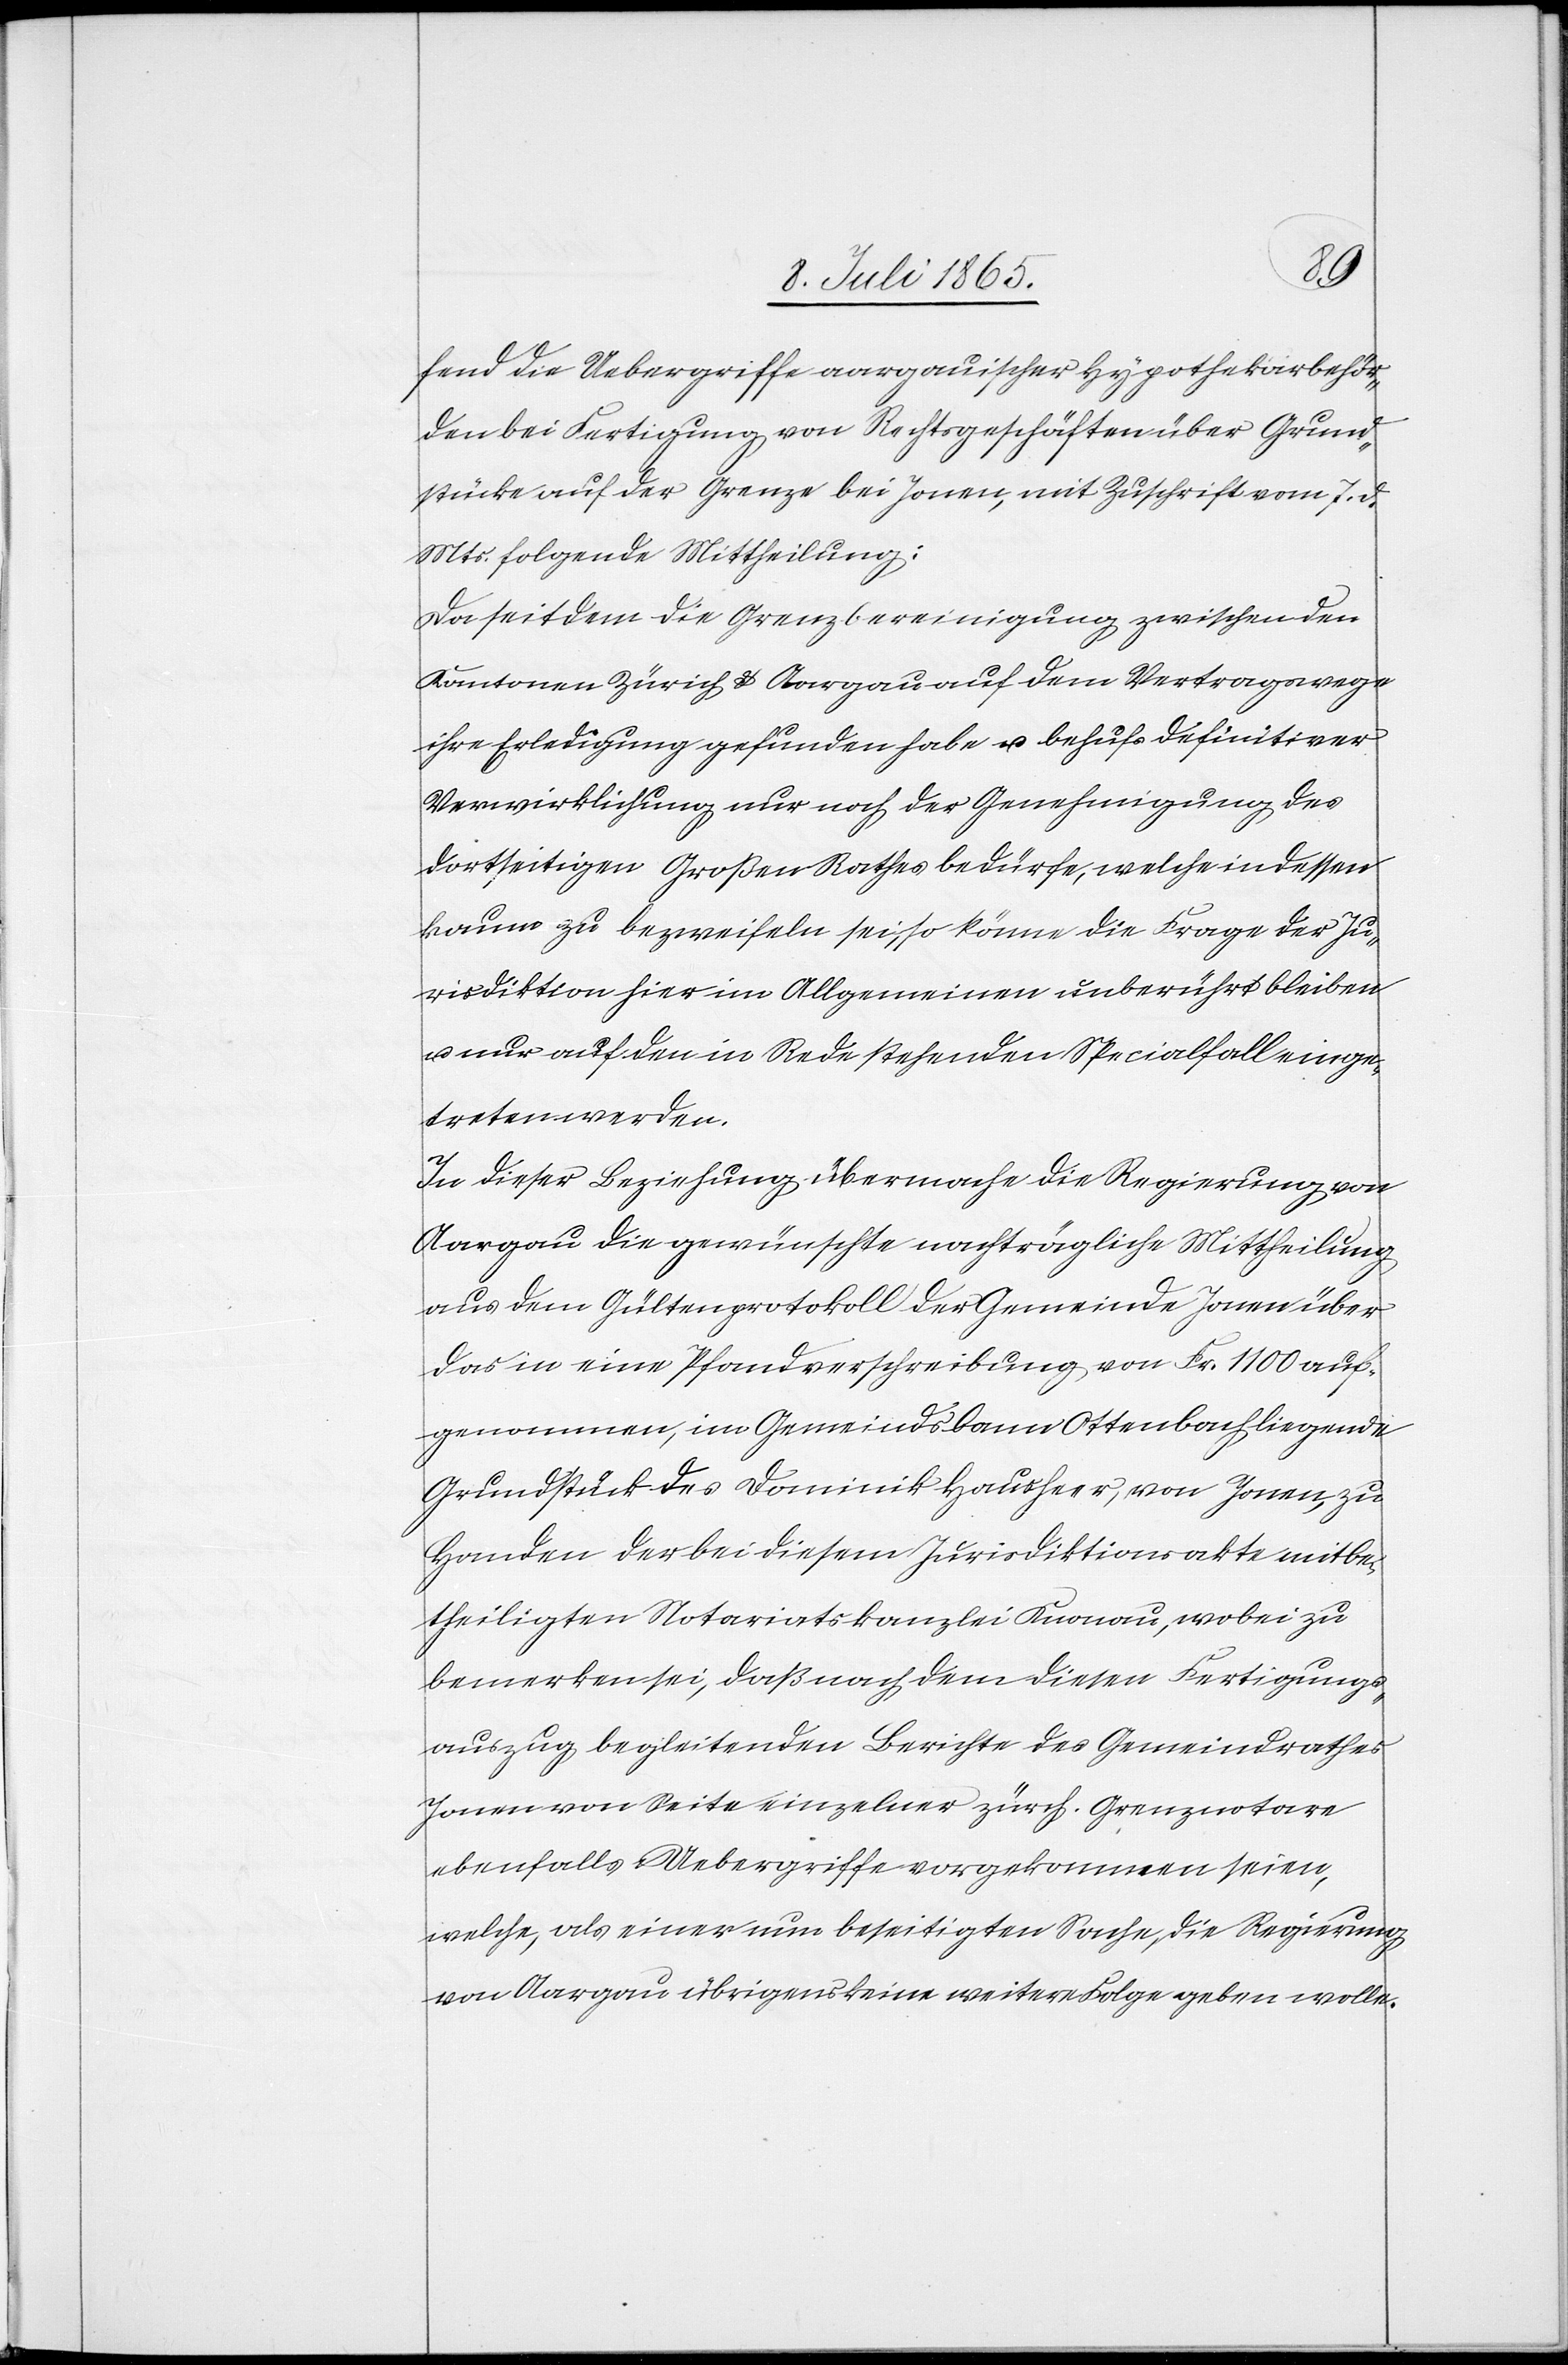
u.
fend die Uebergriffe aargauischer Hypothekarbehör¬
den bei Fertigung von Rechtsgeschäften über Grund¬
stücke auf der Grenze bei Jonen, mit Zuschrift vom 7. d.
Mts. folgende Mittheilung:
Da seitdem die Grenzbereinigung zwischen den
Kantonen Zürich u. Aargau auf dem Vertragswege
ihre Erledigung gefunden habe u. behufs definitiver
Verwirklichung nur noch der Genehmigung des
dortseitigen Großen Rathes bedürfe, welche indessen
kaum zu bezweifeln sei, so könne die Frage der Ju¬
risdiktion hier im Allgemeinen unberührt bleiben
nur auf den in Rede stehenden Specialfall einge¬
treten werden.
In dieser Beziehung übermache die Regierung von
Aargau die gewünschte nachträgliche Mittheilung
aus dem Gültenprotokoll der Gemeinde Jonen über
das in eine Pfandverschreibung von Fr. 1100 auf¬
genommen, im Gemeindsbanne Ottenbach liegende
Grundstück des Dominik Hausheer, von Jonen, zu
Handen der bei diesem Jursidiktionsakte mitbe¬
theiligten Notariatskanzlei Knonau, wobei zu
bemerken sei, daß nach dem diesen Fertigungs¬
auszug begleitenden Berichte des Gemeindrathes
Jonen von Seite einzelner zürch. Grenznotare
ebenfalls Uebergriffe vorgekommen seien,
welche, als einer nun beseitigten Sache, die Regierung
von Aargau übrigens keine weitere Folge geben wolle.